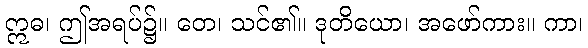
ဣဓ၊ ဤအရပ်၌။ တေ၊ သင်၏။ ဒုတိယော၊ အဖော်ကား။ ကာ၊